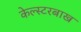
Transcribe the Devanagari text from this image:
केल्स्टरबाख